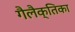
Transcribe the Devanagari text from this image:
गैलैक्तिका